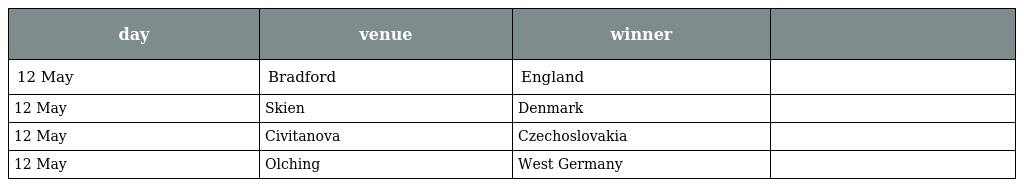
| day | venue | winner |  |
 | --- | --- | --- | --- |
 | 12 May | Bradford | England |  |
 | 12 May | Skien | Denmark |  |
 | 12 May | Civitanova | Czechoslovakia |  |
 | 12 May | Olching | West Germany |  |